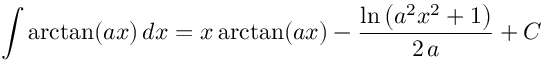
\int \arctan ( a x ) \, d x = x \arctan ( a x ) - { \frac { \ln \left( a ^ { 2 } x ^ { 2 } + 1 \right) } { 2 \, a } } + C